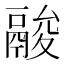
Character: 𩰺